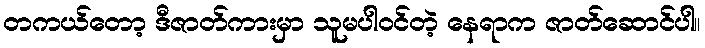
တကယ်တော့ ဒီဇာတ်ကားမှာ သူမပါဝင်တဲ့ နေရာက ဇာတ်ဆောင်ပါ။